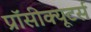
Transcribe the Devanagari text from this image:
प्रॉसीक्यूटर्स